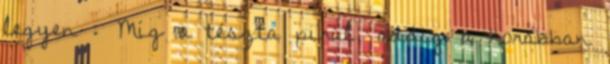
legyen : Míg a tészta pirul, addig a korábban